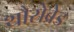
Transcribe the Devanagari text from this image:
थौरोब्रेड